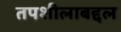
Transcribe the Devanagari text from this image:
तपशीलाबद्दल